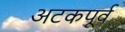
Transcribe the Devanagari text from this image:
अटकपूर्व